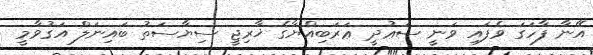
އޭނާ ފާހަގަ ވެފައި ވަނީ ސަޢުދީ ޢަރަބިއްޔާގެ ޚާރިޖީ ސިޔާސަތު ބައިނަލް އަގުވާމީ